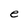
Character: e